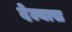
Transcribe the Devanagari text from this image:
देल्यास